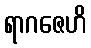
ရာဂဇေဟိ